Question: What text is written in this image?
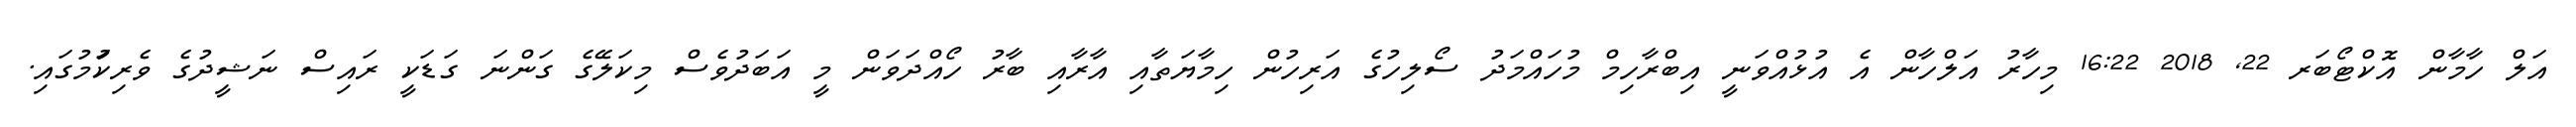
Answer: އަލް ހާމާން އޮކްޓޯބަރ 22, 2018 16:22 މިހާރު އަލްހާން އެ އުޅުއްވަނީ އިބްރާހިމް މުހައްމަދު ސޯލިހުގެ އަރިހުން ހިމާޔަތާއި އާރާއި ބާރު ހޯއްދަވަން މީ އަބަދުވެސް މިކަލޭގެ ގަންނަ ގަޑަކީ ރައިސް ނަޝީދުގެ ވެރިކަުމުގައި.